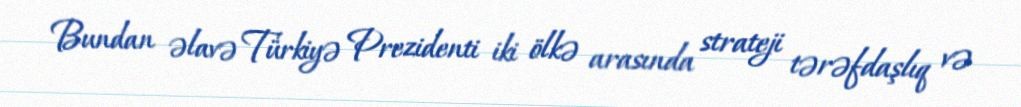
Bundan əlavə Türkiyə Prezidenti iki ölkə arasında strateji tərəfdaşlıq və